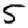
Digit: 5